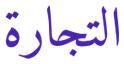
التجارة